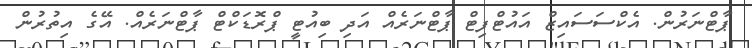
ޕާޓްނަރުން. އެކްސަސައިޒް އައުޓްފިޓް ޕާޓްނަރެއް އަދި ބިއުޓީ ޕްރޮޑަކްޓް ޕާޓްނަރެއް. އޭގެ އިތުރުން